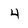
Character: 4